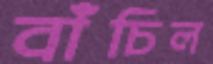
বাঁচিল